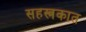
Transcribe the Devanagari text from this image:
सहस्त्रकात